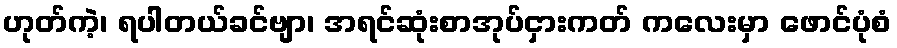
ဟုတ်ကဲ့၊ ရပါတယ်ခင်ဗျာ၊ အရင်ဆုံးစာအုပ်ငှားကတ် ကလေးမှာ ဖောင်ပုံစံ